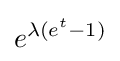
e^{\lambda (e^{t}-1)}